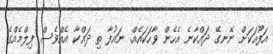
އަފޫއަކަށް ނޭނގޭ ދައްކާނެ އެހެން ވާހަކައެއް. ނައުފާ ތި ދައްކާ އެއްވެސް ފިލްމެއްގެ